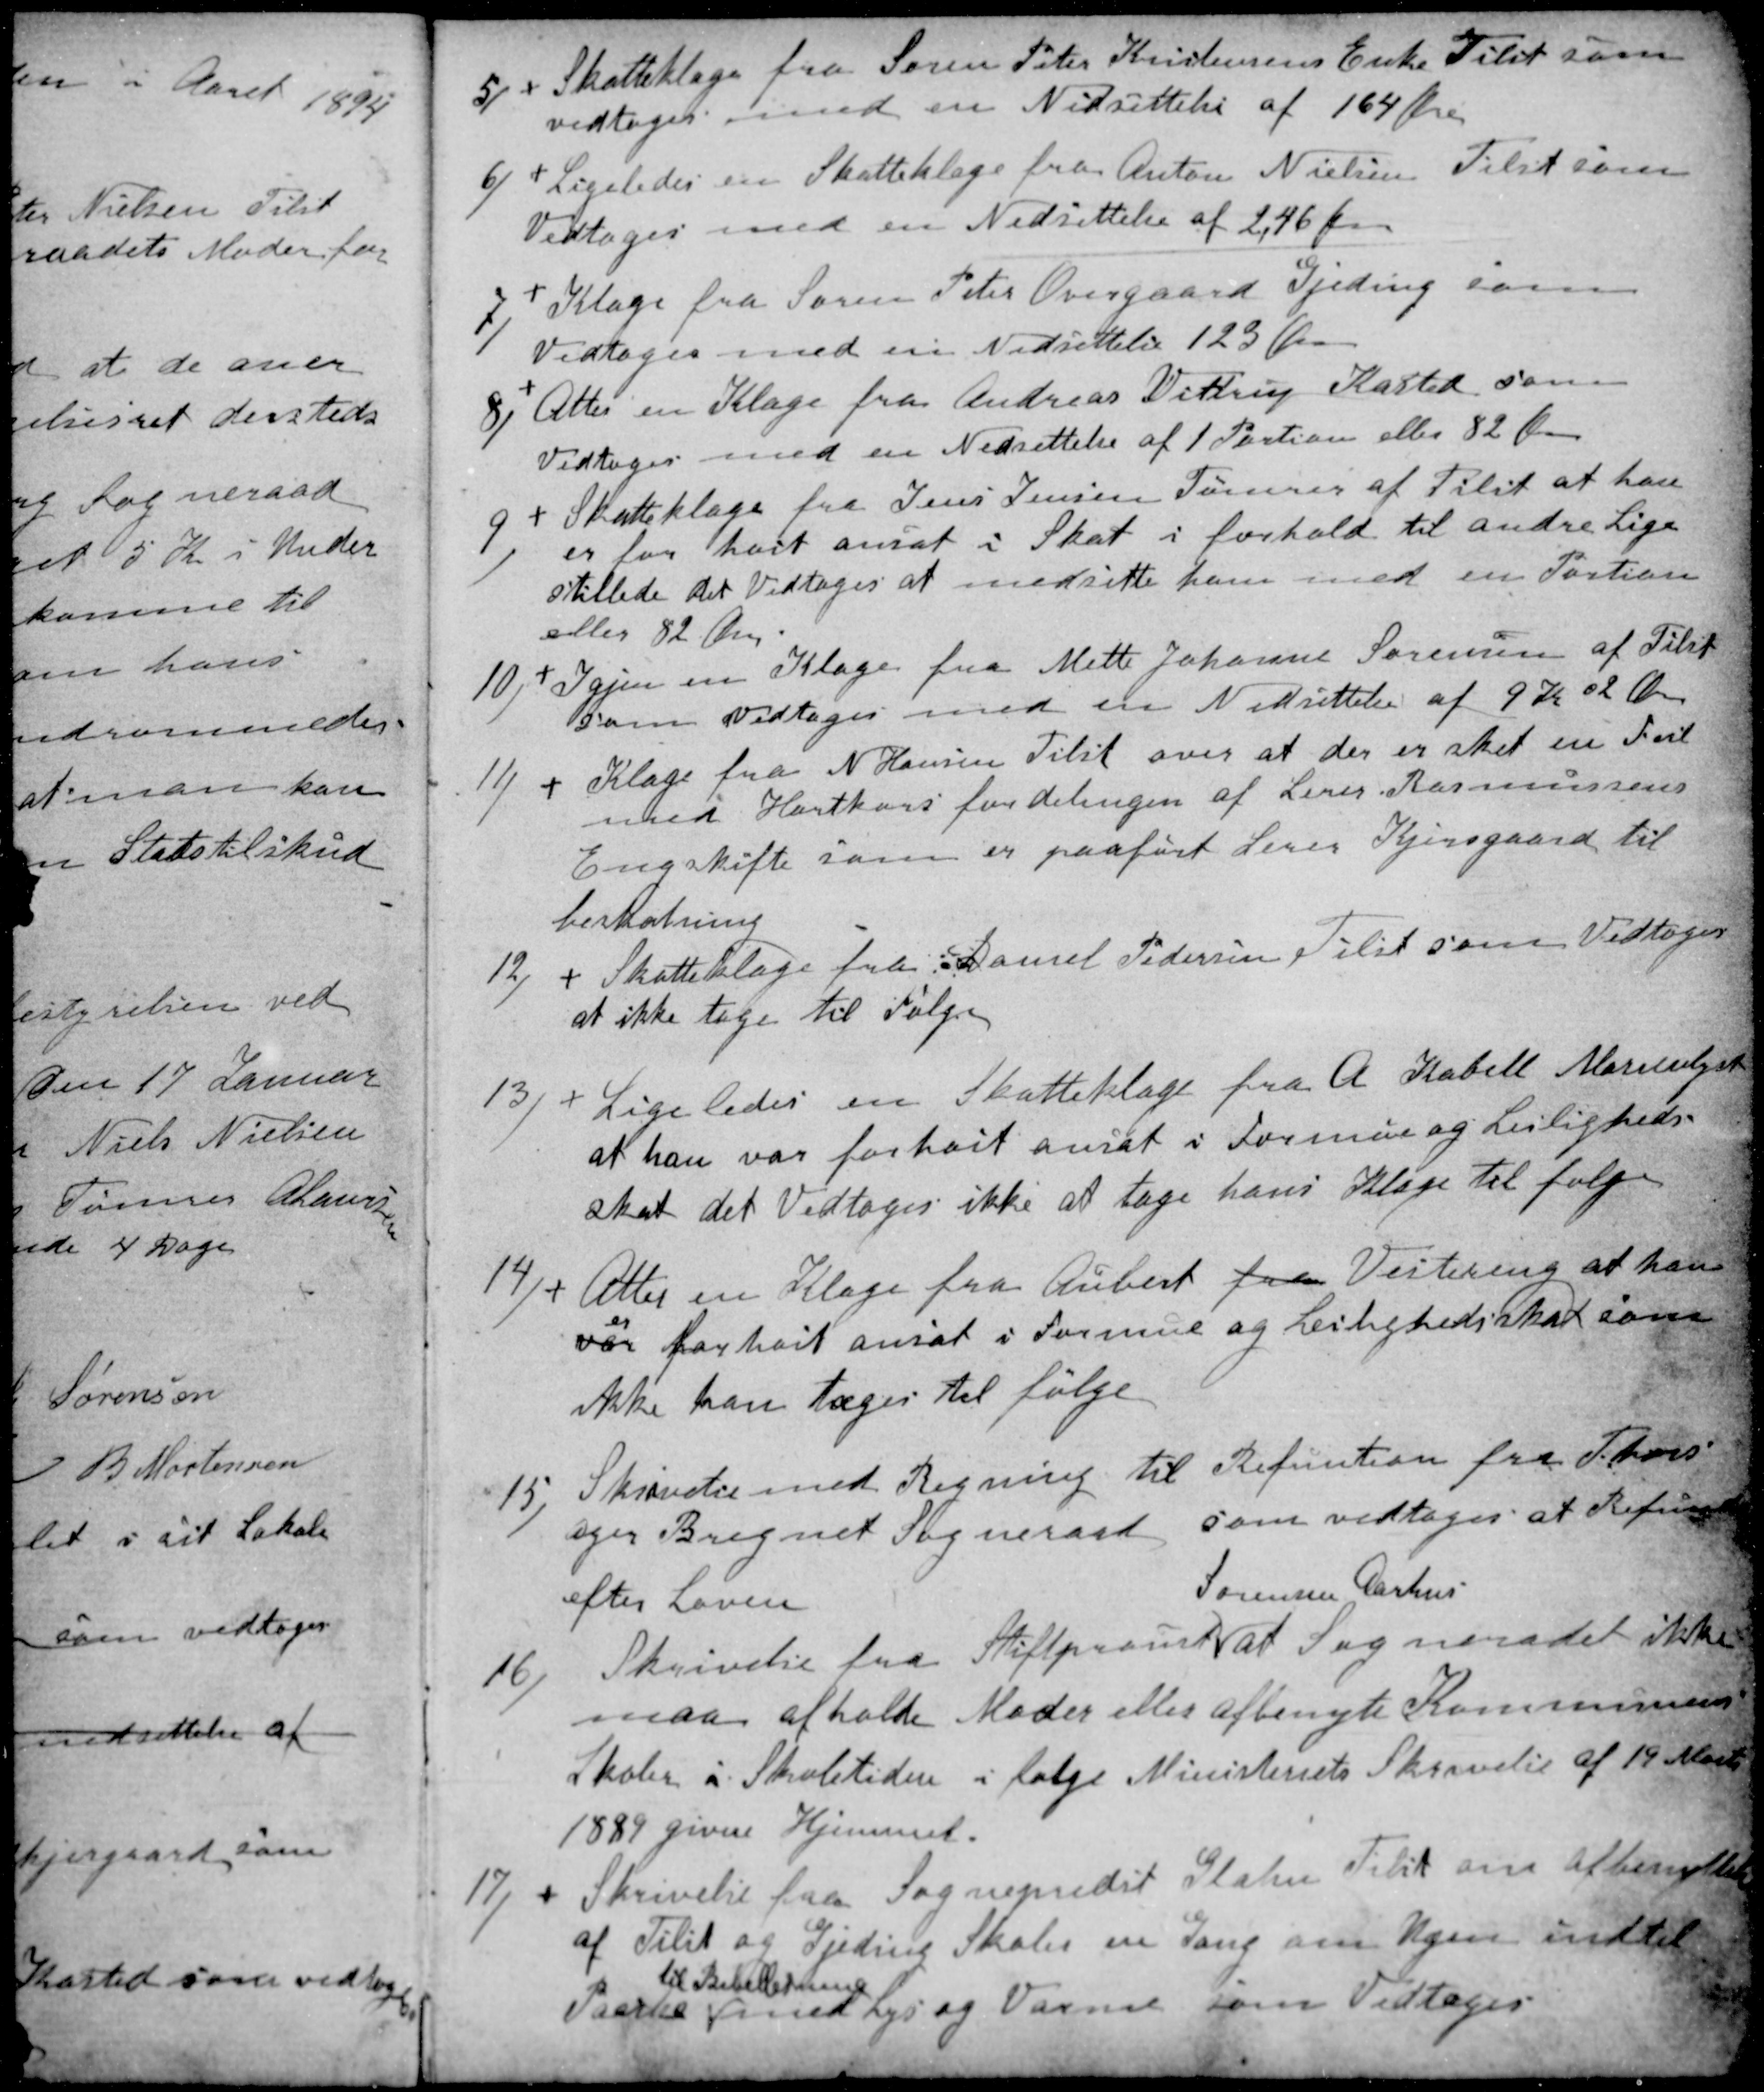
Transskription:
5)
Skatteklage fra Søren Peter Kristensens Enke Tilst som
vedtoges med en Nedsettelse af 164 Øre
6) 
Ligeledes en Skatteklage fra Anton Nielsen Tilst som
Vedtoges med en Nedsettelse af 2,46 Kr
7)
Klage fra Søren Peter Overgaard Gjeding som
Vedtoges med en Nedsettelse 123 Øre
8)
Atter en Klage fra Andreas Vittrup Kasted som
Vedtoges med en Nedsettelse af 1 Portion eller 82 Øre
9)
Skatteklage fra Jens Jensen Tømrer af Tilst at han
er for høit ansat i Skat i forhold til andre Lige
stillede det Vedtoges at nedsette ham med en Portion
eller 82 Øre.
10)
Igjen en Klage fra Mette Johanne Sørensen af Tilst
som Vedtoges med en Nedsettelse af 9 Kr 02 Øre
11)
Klage fra N Hansen Tilst over at der er sket en Feil
med Hartkornsfordelingen af Lerer Rasmussens
Engskifte som er paaført Lerer Kjersgaard til
beskatning
12)
Skatteklage fra Daniel Pedersen Tilst som Vedtoges
at ikke tage til Følge
13)
Ligeledes en Skatteklage fra A. Kabell Marienlyst
at han var forhoit ansat i Formue og Lejligheds-
skat det Vedtoges ikke at tage hans Klage til følge
14)
Atter en Klage fra Aubert fra Vestereng at han
var 
er
forhoit ansat i Formue og Leilighedsskat som
ikke kan tages til følge
15)
Skrivelse med Regning til Renfuntion fra Thors-
ager Bregnet Sogneraad som vedtoges at Refundere
efter Loven

16)
Skrivelse fra Stiftprovst Sørensen Aarhusat Sogneraadet ikke
maa afholde Møder eller afbenytte Kommunens
Skoler i Skoletiden i følge Ministeriets Skrivelse af 19 Marts
1889 givne Hjemmel.
17)
Skrivelse fra Sognepredst Glahn Tilst om afbenyttelse
af Tilst og Gjeding Skoler en Gang om Ugen indtil
Paaske
til Bibellesning
med Lys og Varme som Vedtoges